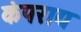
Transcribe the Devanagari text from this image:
कंपराय